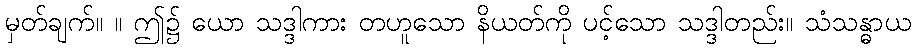
မှတ်ချက်။ ။ ဤ၌ ယော သဒ္ဒါကား တဟူသော နိယတ်ကို ပင့်သော သဒ္ဒါတည်း။ သံသန္ဓာယ